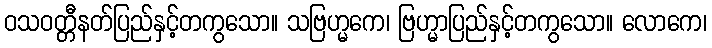
ဝသဝတ္တီနတ်ပြည်နှင့်တကွသော။ သဗြဟ္မကေ၊ ဗြဟ္မာပြည်နှင့်တကွသော။ လောကေ၊